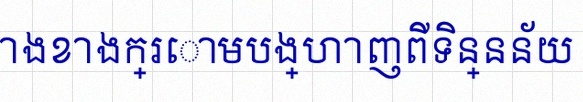
តារាងខាងក្រោមបង្ហាញពីទិន្នន័យ